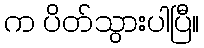
က ပိတ်သွားပါပြီ။